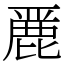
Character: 䴡